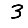
Digit: 3